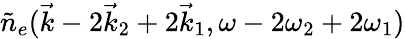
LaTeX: \tilde{n}_{e}(\vec{k}-2\vec{k}_{2}+2\vec{k}_{1},\omega-2\omega_{2}+2\omega_{1})